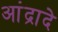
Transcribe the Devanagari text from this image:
आंद्रादे